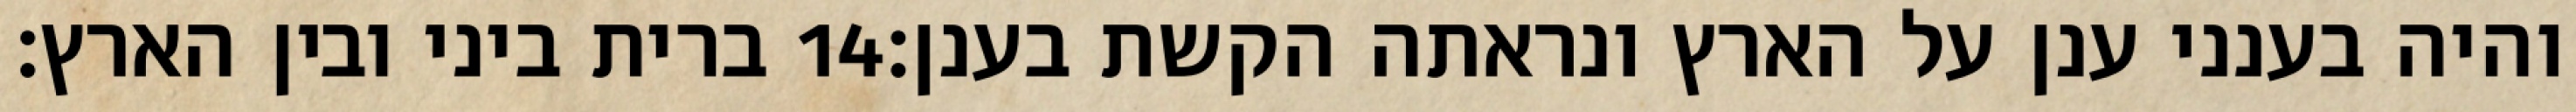
ברית ביני ובין הארץ׃ ‎14‏ והיה בענני ענן על הארץ ונראתה הקשת בענן׃